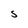
Character: S